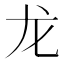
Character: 龙